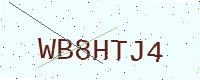
Text: WB8HTJ4